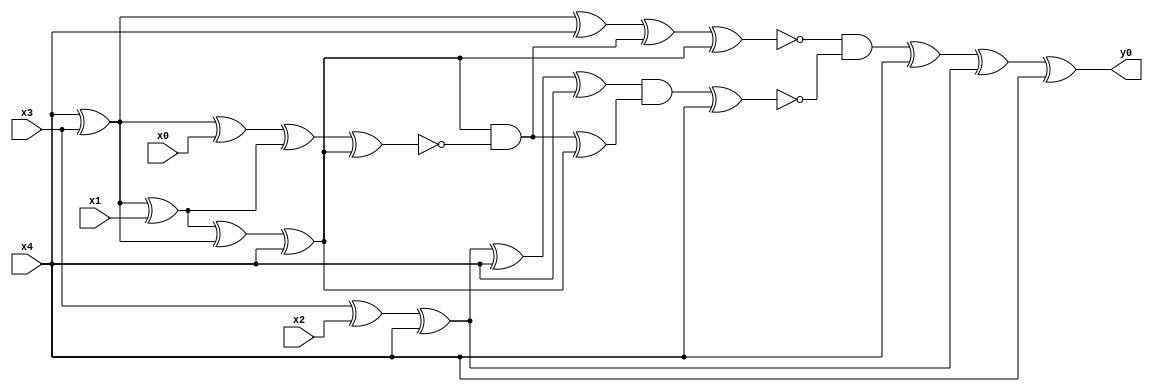
module top( x0 , x1 , x2 , x3 , x4 , y0 );
  input x0 , x1 , x2 , x3 , x4 ;
  output y0 ;
  wire n6 , n7 , n8 , n9 , n10 , n11 , n12 , n13 , n14 , n15 , n16 , n17 , n18 , n19 , n20 , n21 , n22 , n23 , n24 , n25 , n26 , n27 ;
  assign n6 = x4 ^ x3 ;
  assign n14 = n6 ^ x4 ;
  assign n7 = n6 ^ x1 ;
  assign n8 = n7 ^ n6 ;
  assign n9 = n8 ^ x4 ;
  assign n10 = n6 ^ x0 ;
  assign n11 = n10 ^ n7 ;
  assign n12 = n11 ^ n9 ;
  assign n13 = n9 & ~n12 ;
  assign n15 = n14 ^ n13 ;
  assign n16 = n15 ^ n9 ;
  assign n17 = x3 ^ x2 ;
  assign n18 = n17 ^ x4 ;
  assign n19 = n18 ^ x4 ;
  assign n20 = n19 ^ x4 ;
  assign n21 = n13 ^ n9 ;
  assign n22 = n20 & n21 ;
  assign n23 = n22 ^ x4 ;
  assign n24 = ~n16 & ~n23 ;
  assign n25 = n24 ^ x4 ;
  assign n26 = n25 ^ n18 ;
  assign n27 = n26 ^ x4 ;
  assign y0 = n27 ;
endmodule